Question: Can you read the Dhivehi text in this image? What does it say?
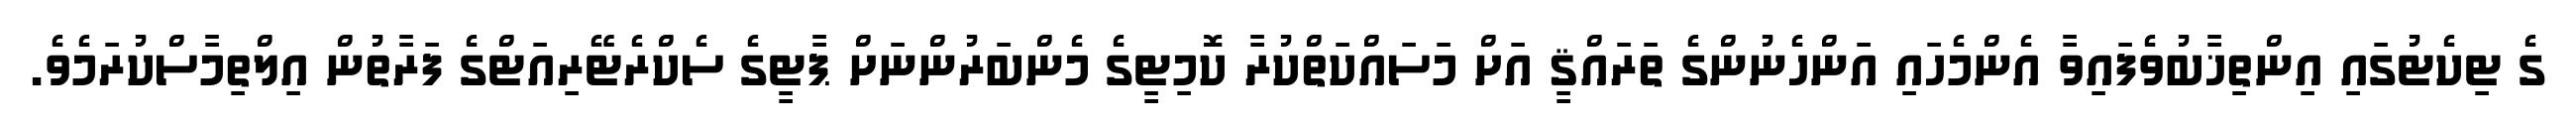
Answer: ގެ ޓިކެޓުގައި އިންތިޚާބުވެފައިވާ އެންމެހައި އަންހެނުންގެ ތަރައްޤީ އަށް މަސައްކަތްކުރާ ކޮމިޓީގެ މެންބަރުންނަށް ޕާޓީގެ ސެކްރެޓޭރިއަޓްގެ ފަރާތުން އިލްތިމާސްކުރަމެވެ.